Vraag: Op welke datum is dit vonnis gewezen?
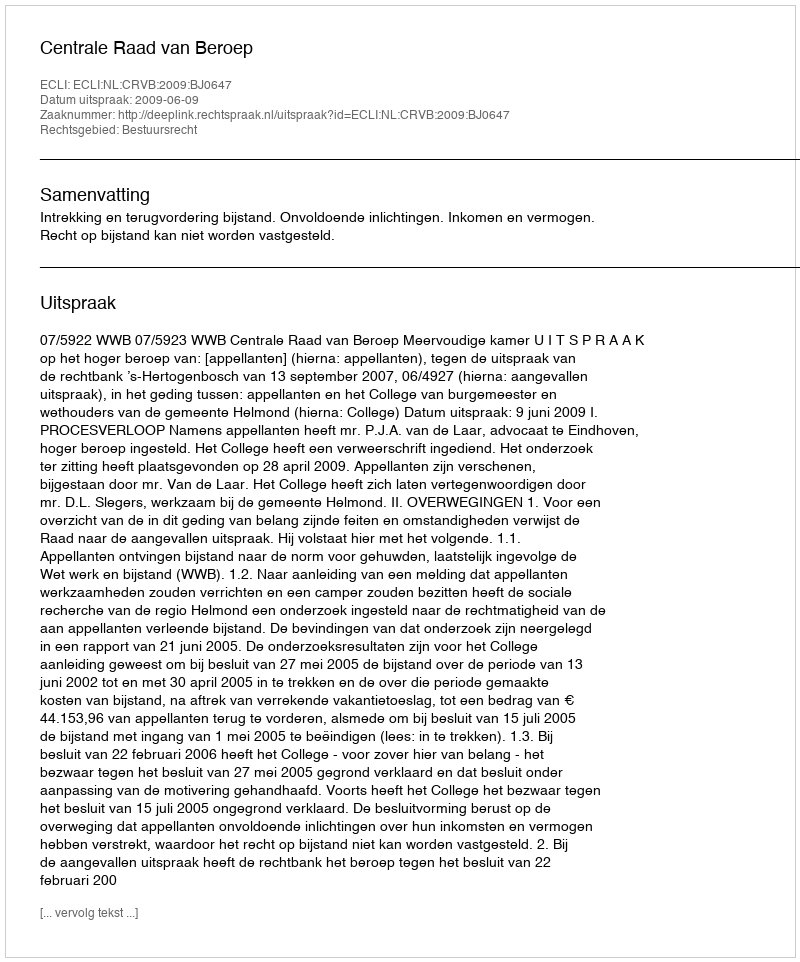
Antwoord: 2009-06-09